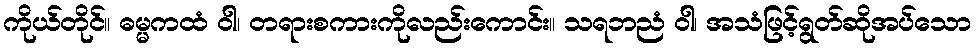
ကိုယ်တိုင်။ ဓမ္မကထံ ဝါ၊ တရားစကားကိုလည်းကောင်း။ သရဘညံ ဝါ၊ အသံဖြင့်ရွတ်ဆိုအပ်သော